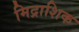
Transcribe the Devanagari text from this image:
मिद्राशिक